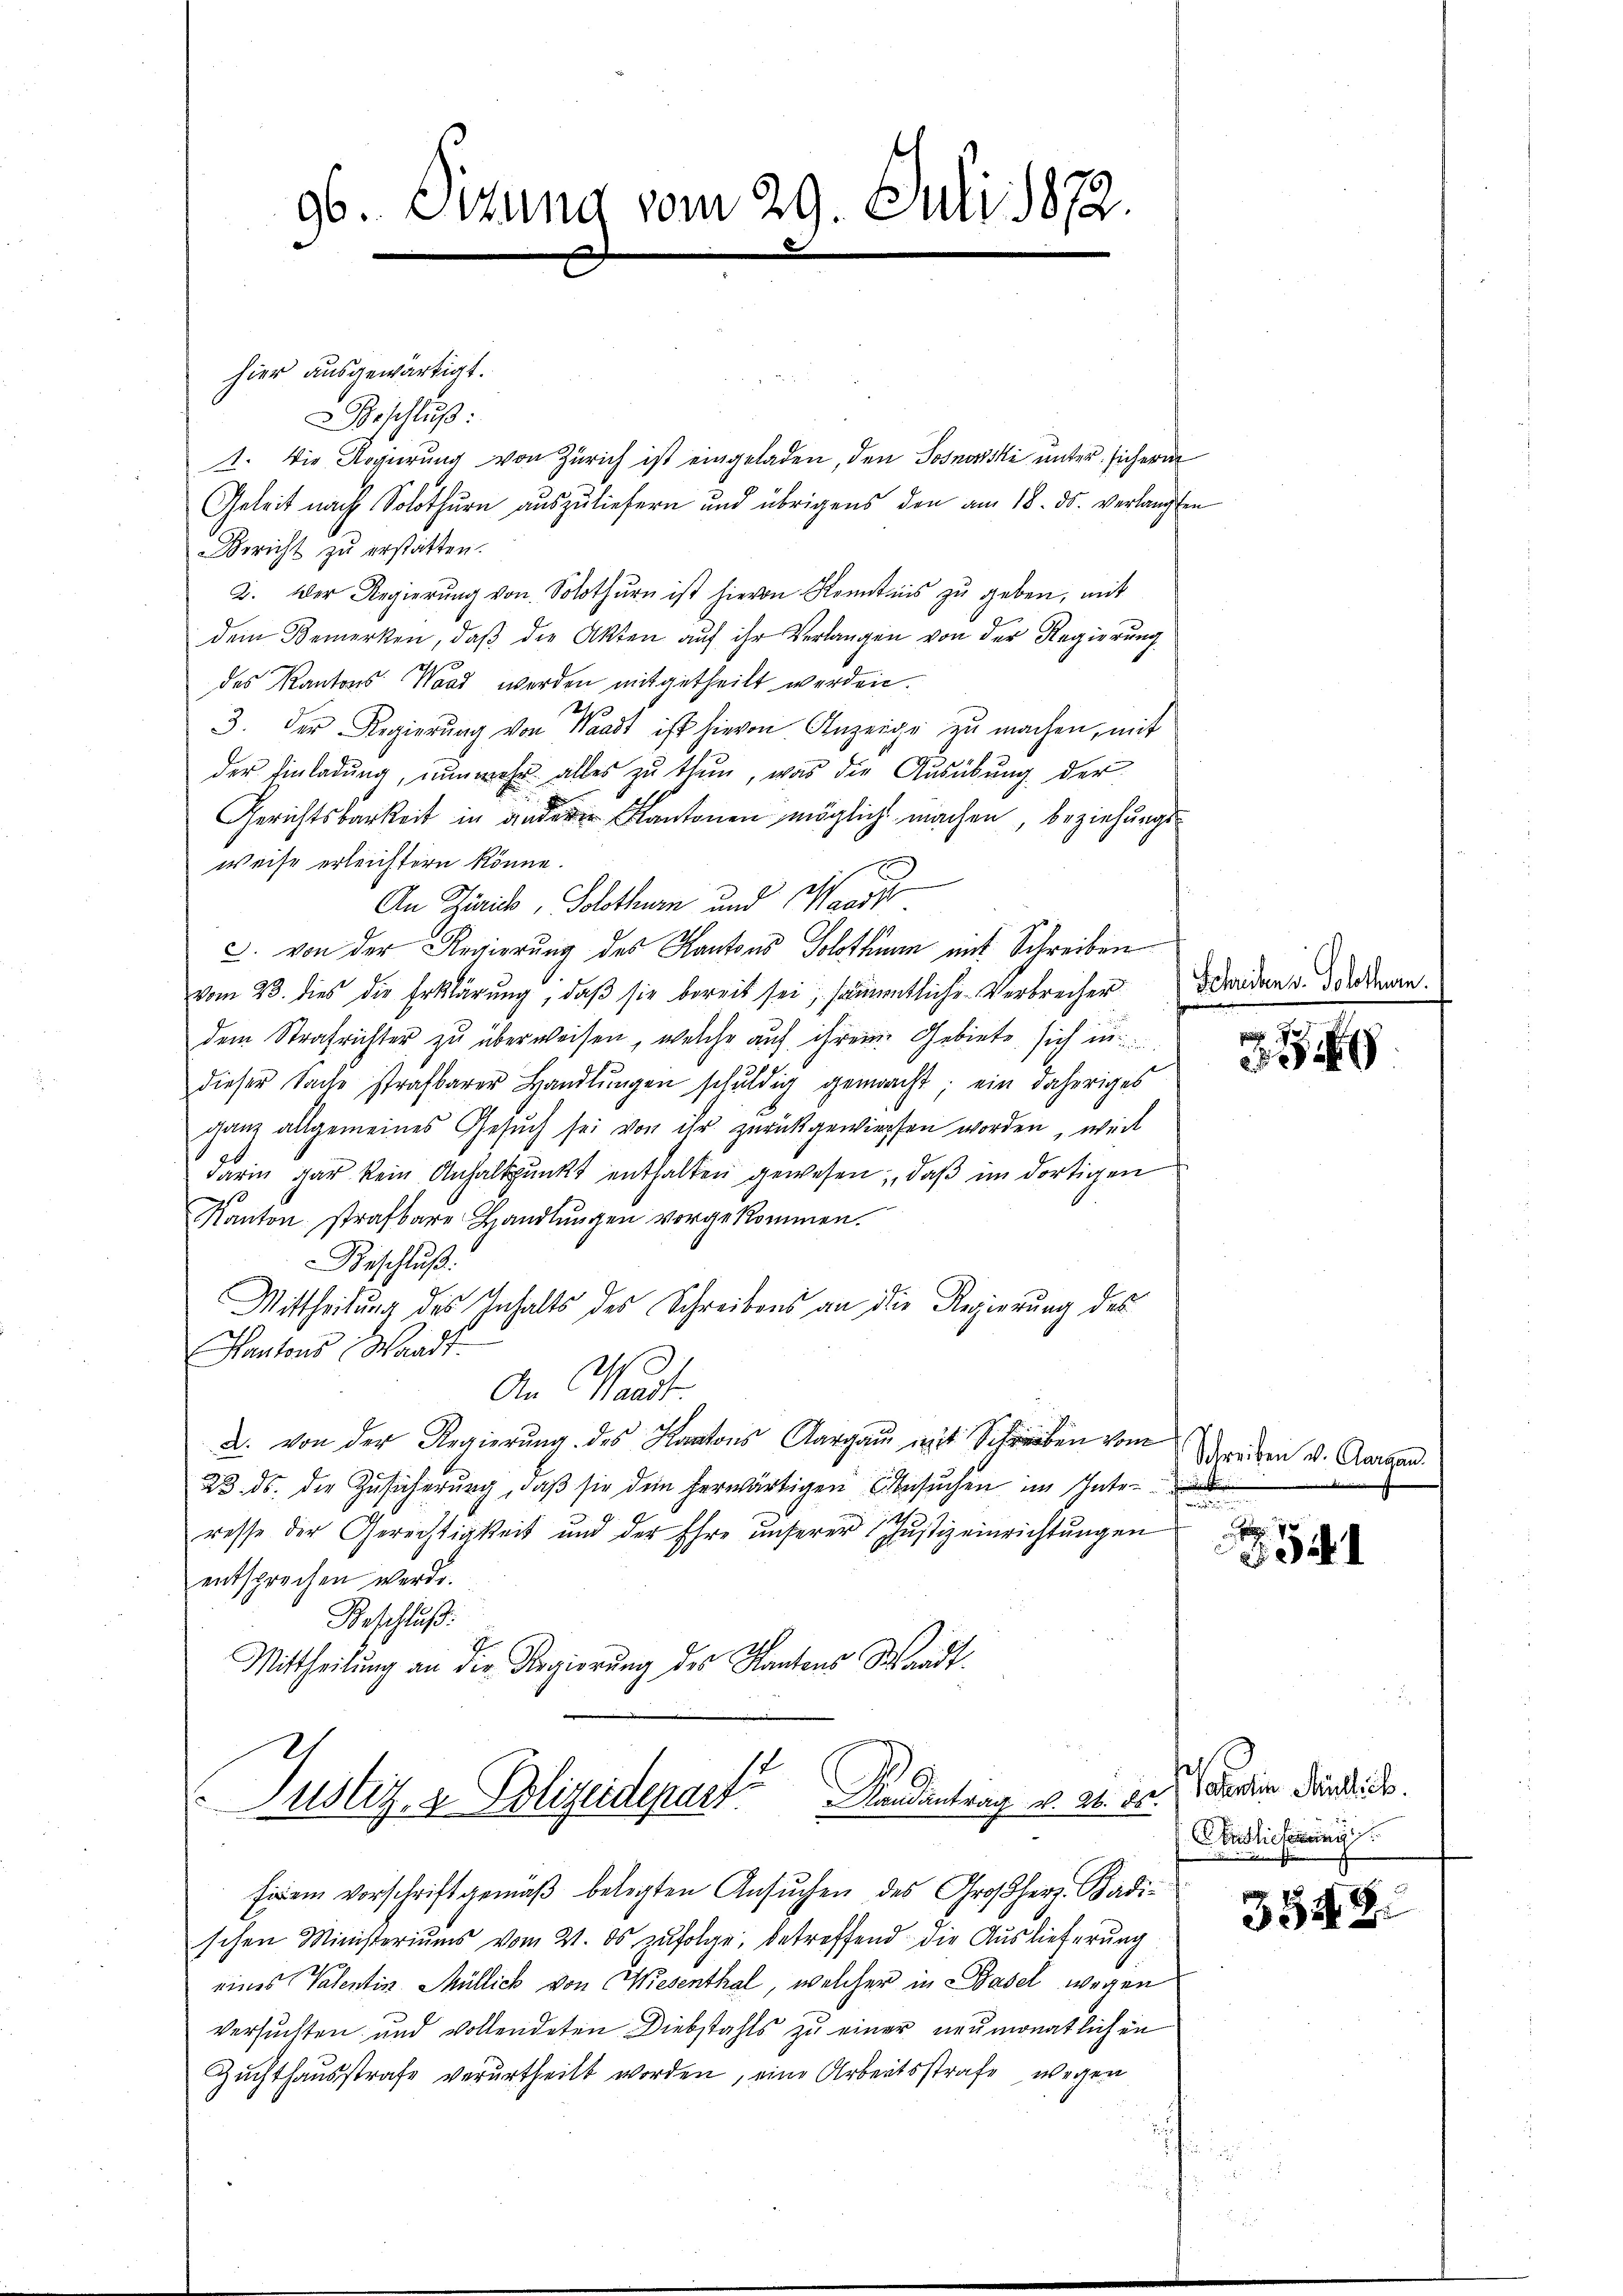
hier ausgewärtigt.
Beschluß:
Bericht zu erstatten.
2. Der Regierŭng von Solothŭrn ist hievon Kenntnis zŭ geben, mit
dem Bemerken, daβ die Akten auf ihr Verlangen von der Regierung
des Kantons Waad werden mitgetheilt werden.
3. Der Regierung von Waadt ist hievon Anzeige zu machen, mit
der Einladŭng, nŭnmehr alles zu thun, was die Ausübung der
Gerichtsbarkeit in anderen Kantonen möglich machen, beziehungs-
weise erleichtern könne.
An Zürich, Solothurn und Waadt
c. von der Regierung des Kantons Solothurn mit Schreiben
vom 23. dies die Erklärung, daβ sie bereit sei, sämmtliche Verbrecher Brudent. Werden.
dem Strafrichter zu überweisen, welche auf ihrem Gebiete sich in
dieser Sache strafbarer Handlŭngen schŭldig gemacht; ein daheriges
ganz allgemeines Gesŭch sei von ihr zurückgewiesen worden, weil
darin gar kein Anhaltspunkt enthalten gewesen, daß im dortigen
Kanton strafbare Handlungen vorgekommen.
Beschluß:
Mittheilung des Inhalts des Schreibens an die Regierung des
Kantons Waadt.
An Waadt.
a. von der Regierung des Kantons Aargau mit Schrieben vom
23. ds. die Zusicherung, daß sie den herwärtigen besuchen im Inte-
ith
resse der Gerechtigkeit und der Ehre unserer Justiz einrichtungen
entsprechen werde.
Beschluß:
1
Mittheilung an die Regierŭng des Kantons Waadt.

96. Sizung vom 29. Juli 1872.
2

1. Die Regierung von Zürich ist eingeladen, den Sosnowski unter sichern
Geheit nach Solothurn auszuliefern und übrigens den am 18. ds. verlangten

Justiz- & Polizeideparte Kindentrag v. M. 85

firem vorschrift gemäβ belegten Ansŭchen des Großherz- Badi-

schen Ministeriums vom 21. ds zŭfolge, betreffend die Auslieferung
eines Valentin Müllich von Wiesenthal, welcher in Basel wegen
versuchten und vollendeten Diebstahls zu einer neumonatlichen
Zuchthausstrafe verurtheilt worden, eine Arbeitsstrafe wegen

Schreiben v. Aargau.
e
x

34

Partin Mündlich.
C. Endlicherung

3548.